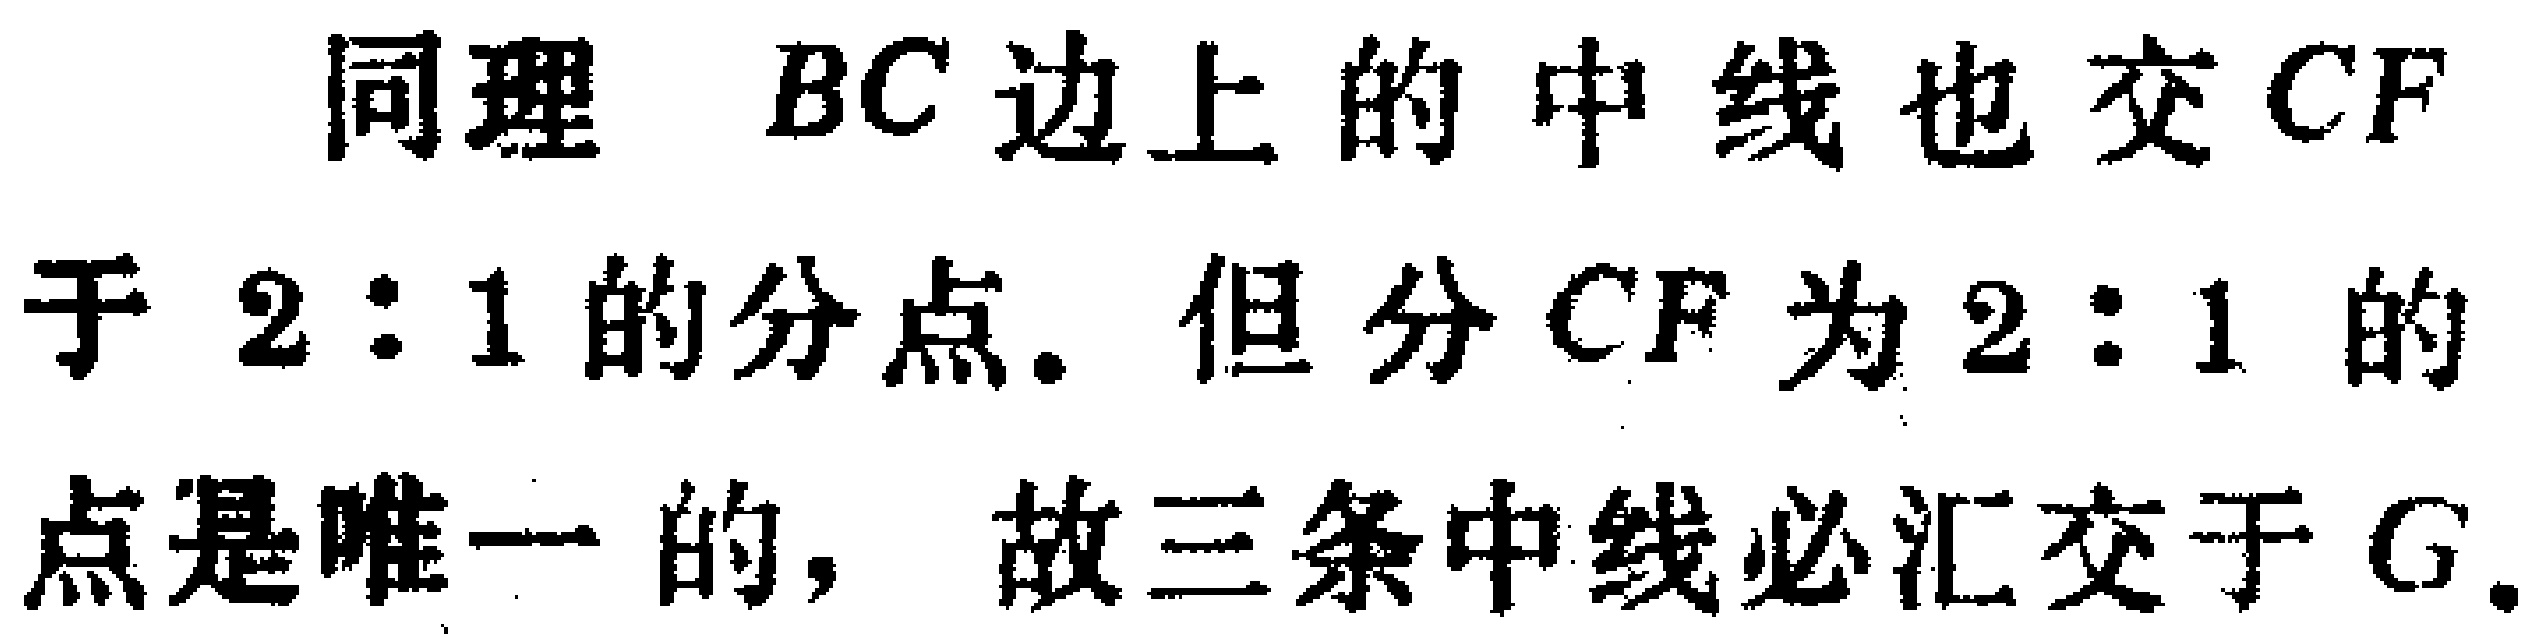
同理 \(BC\) 边上的中线也交 \(CF\) 于 \(2:1\) 的分点. 但分 \(CF\) 为 \(2:1\) 的点是唯一的, 故三条中线必汇交于 \(G\).